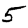
Digit: 5